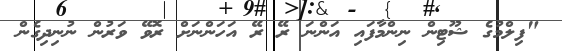
"ފިލްމުގެ ޝޫޓިން ނިންމާފައި އަންނަ ރޭ ރޭ އަހަންނަށް ރޮވޭ ވަރުން ނުނިދިގެން